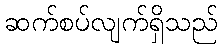
ဆက်စပ်လျက်ရှိသည်